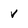
Character: v